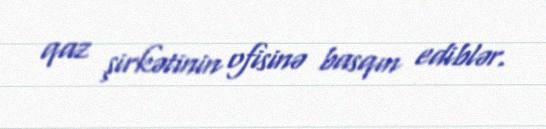
qaz şirkətinin ofisinə basqın ediblər.